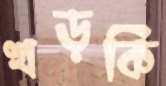
খড়কি